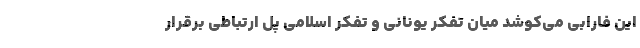
این فارابی می‌کوشد میان تفکر یونانی و تفکر اسلامی پل ارتباطی برقرار